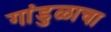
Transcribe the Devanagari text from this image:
गांडुळाचा